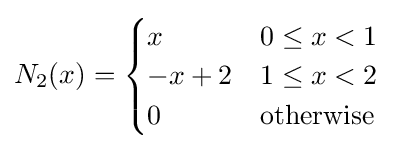
N_{2}(x)={\begin{cases}x&0\leq x<1\\-x+2&1\leq x<2\\0&{\text{otherwise}}\end{cases}}